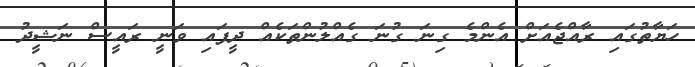
ހަޔާތުގައި ރާއްޖެއަށް އެންމެ ގިނަ ގުނަ ގެއްލުންތަކެއް ދީފައި ވަނީ ރައީސް ނަޝީދު